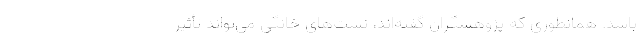
باشد. همانطوری که پژوهشگران گفته‌اند، تست‌های خانگی می‌تواند تأثیر